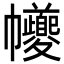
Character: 𢆃